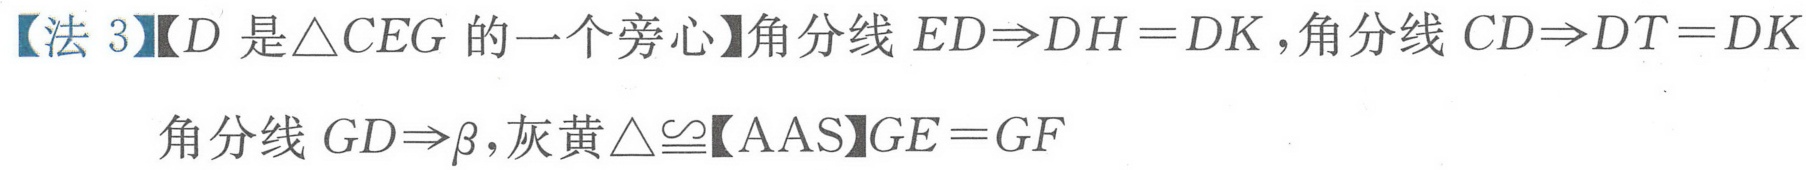
【法 3】【\(D\)是\(\triangle CEG\)的一个旁心】角分线 \(ED\Rightarrow DH = DK\)，角分线 \(CD\Rightarrow DT = DK\)
角分线 \(GD\Rightarrow\beta\)，灰黄\(\triangle\cong\)【AAS】\(GE = GF\)